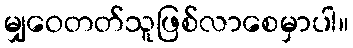
မျှဝေတတ်သူဖြစ်လာစေမှာပါ။